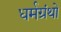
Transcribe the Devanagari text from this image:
धर्मग्रंथो